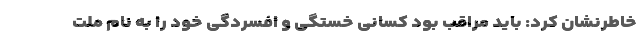
خاطرنشان کرد: باید مراقب بود کسانی خستگی و افسردگی خود را به نام ملت